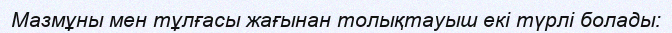
Мазмұны мен тұлғасы жағынан толықтауыш екі түрлі болады: